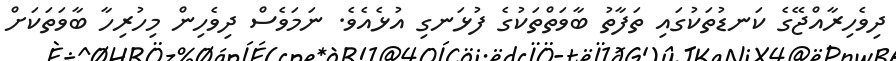
ދިވެހިރާއްޖޭގެ ކަނޑުތަކުގައި ތަފާތު ބާވަތްތަކުގެ ފުޅަނގި އުޅެއެވެ. ނަމަވެސް ދިވެހިން މިހުރިހާ ބާވަތަކަށް